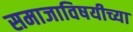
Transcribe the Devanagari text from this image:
समाजाविषयीच्या